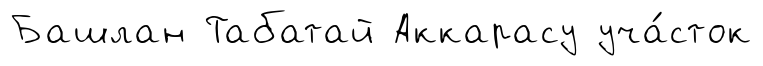
Башлан Табатай Аккарасу уча́сток